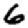
Digit: 6